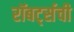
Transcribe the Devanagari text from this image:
रॉबर्ट्सची